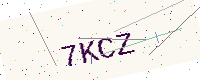
Text: 7KCZ